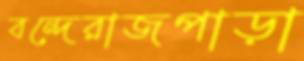
বন্দেরাজপাড়া